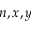
n , x , y